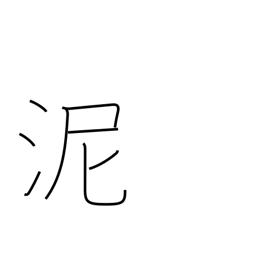
Meaning: mud